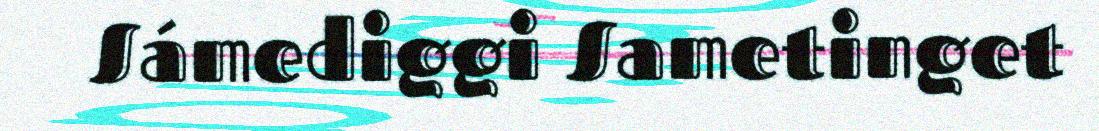
Sámediggi Sametinget